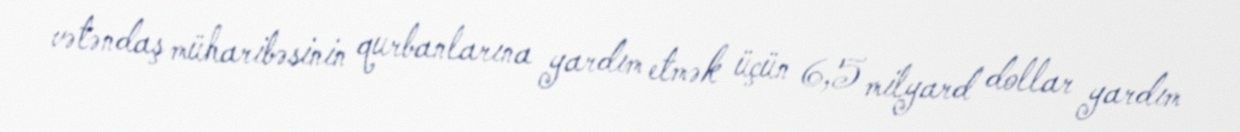
vətəndaş müharibəsinin qurbanlarına yardım etmək üçün 6,5 milyard dollar yardım